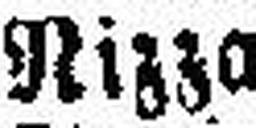
Nizza